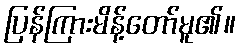
ပြန်ကြားမိန့်တော်မူ၏။